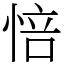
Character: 㥉